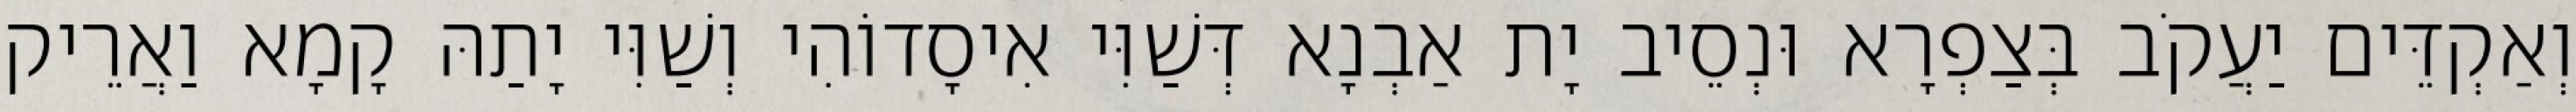
וְאַקְדֵּים יַעֲקֹב בְּצַפְרָא וּנְסֵיב יָת אַבְנָא דְּשַׁוִּי אִיסָדוֹהִי וְשַׁוִּי יָתַהּ קָמָא וַאֲרֵיק